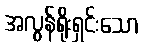
အလွန်ရိုးရှင်းသော